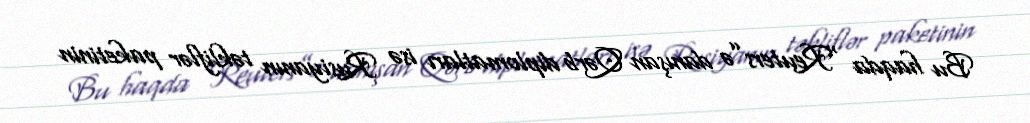
Bu haqda “Reuters”ə danışan Qərb diplomatları isə Rusiyanın təkliflər paketinin